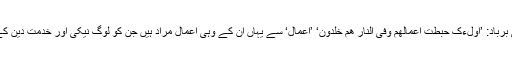
شرک کے ساتھ ہر نیکی برباد: ’اُولٰٓءِکَ حَبِطَتْ اَعْمَالُھُمْ وَفِی النَّارِ ھُمْ خٰلِدُوْنَ‘ ’اعمال‘ سے یہاں ان کے وہی اعمال مراد ہیں جن کو لوگ نیکی اور خدمت دین کے کام شمار کرتے تھے۔